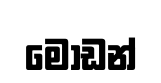
මොඩන්